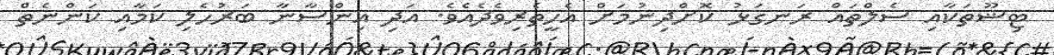
ޓިޝޫތަކާއި ސެލްތައް ރަނގަޅު ކޮށްދިނުމަށް އެހީތެރިވެދެއެވެ. އަދި އިންސާނާ ބަރުހެލި ކަމާއި ކަންނެތް